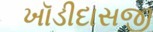
ખૉડીદાસજી